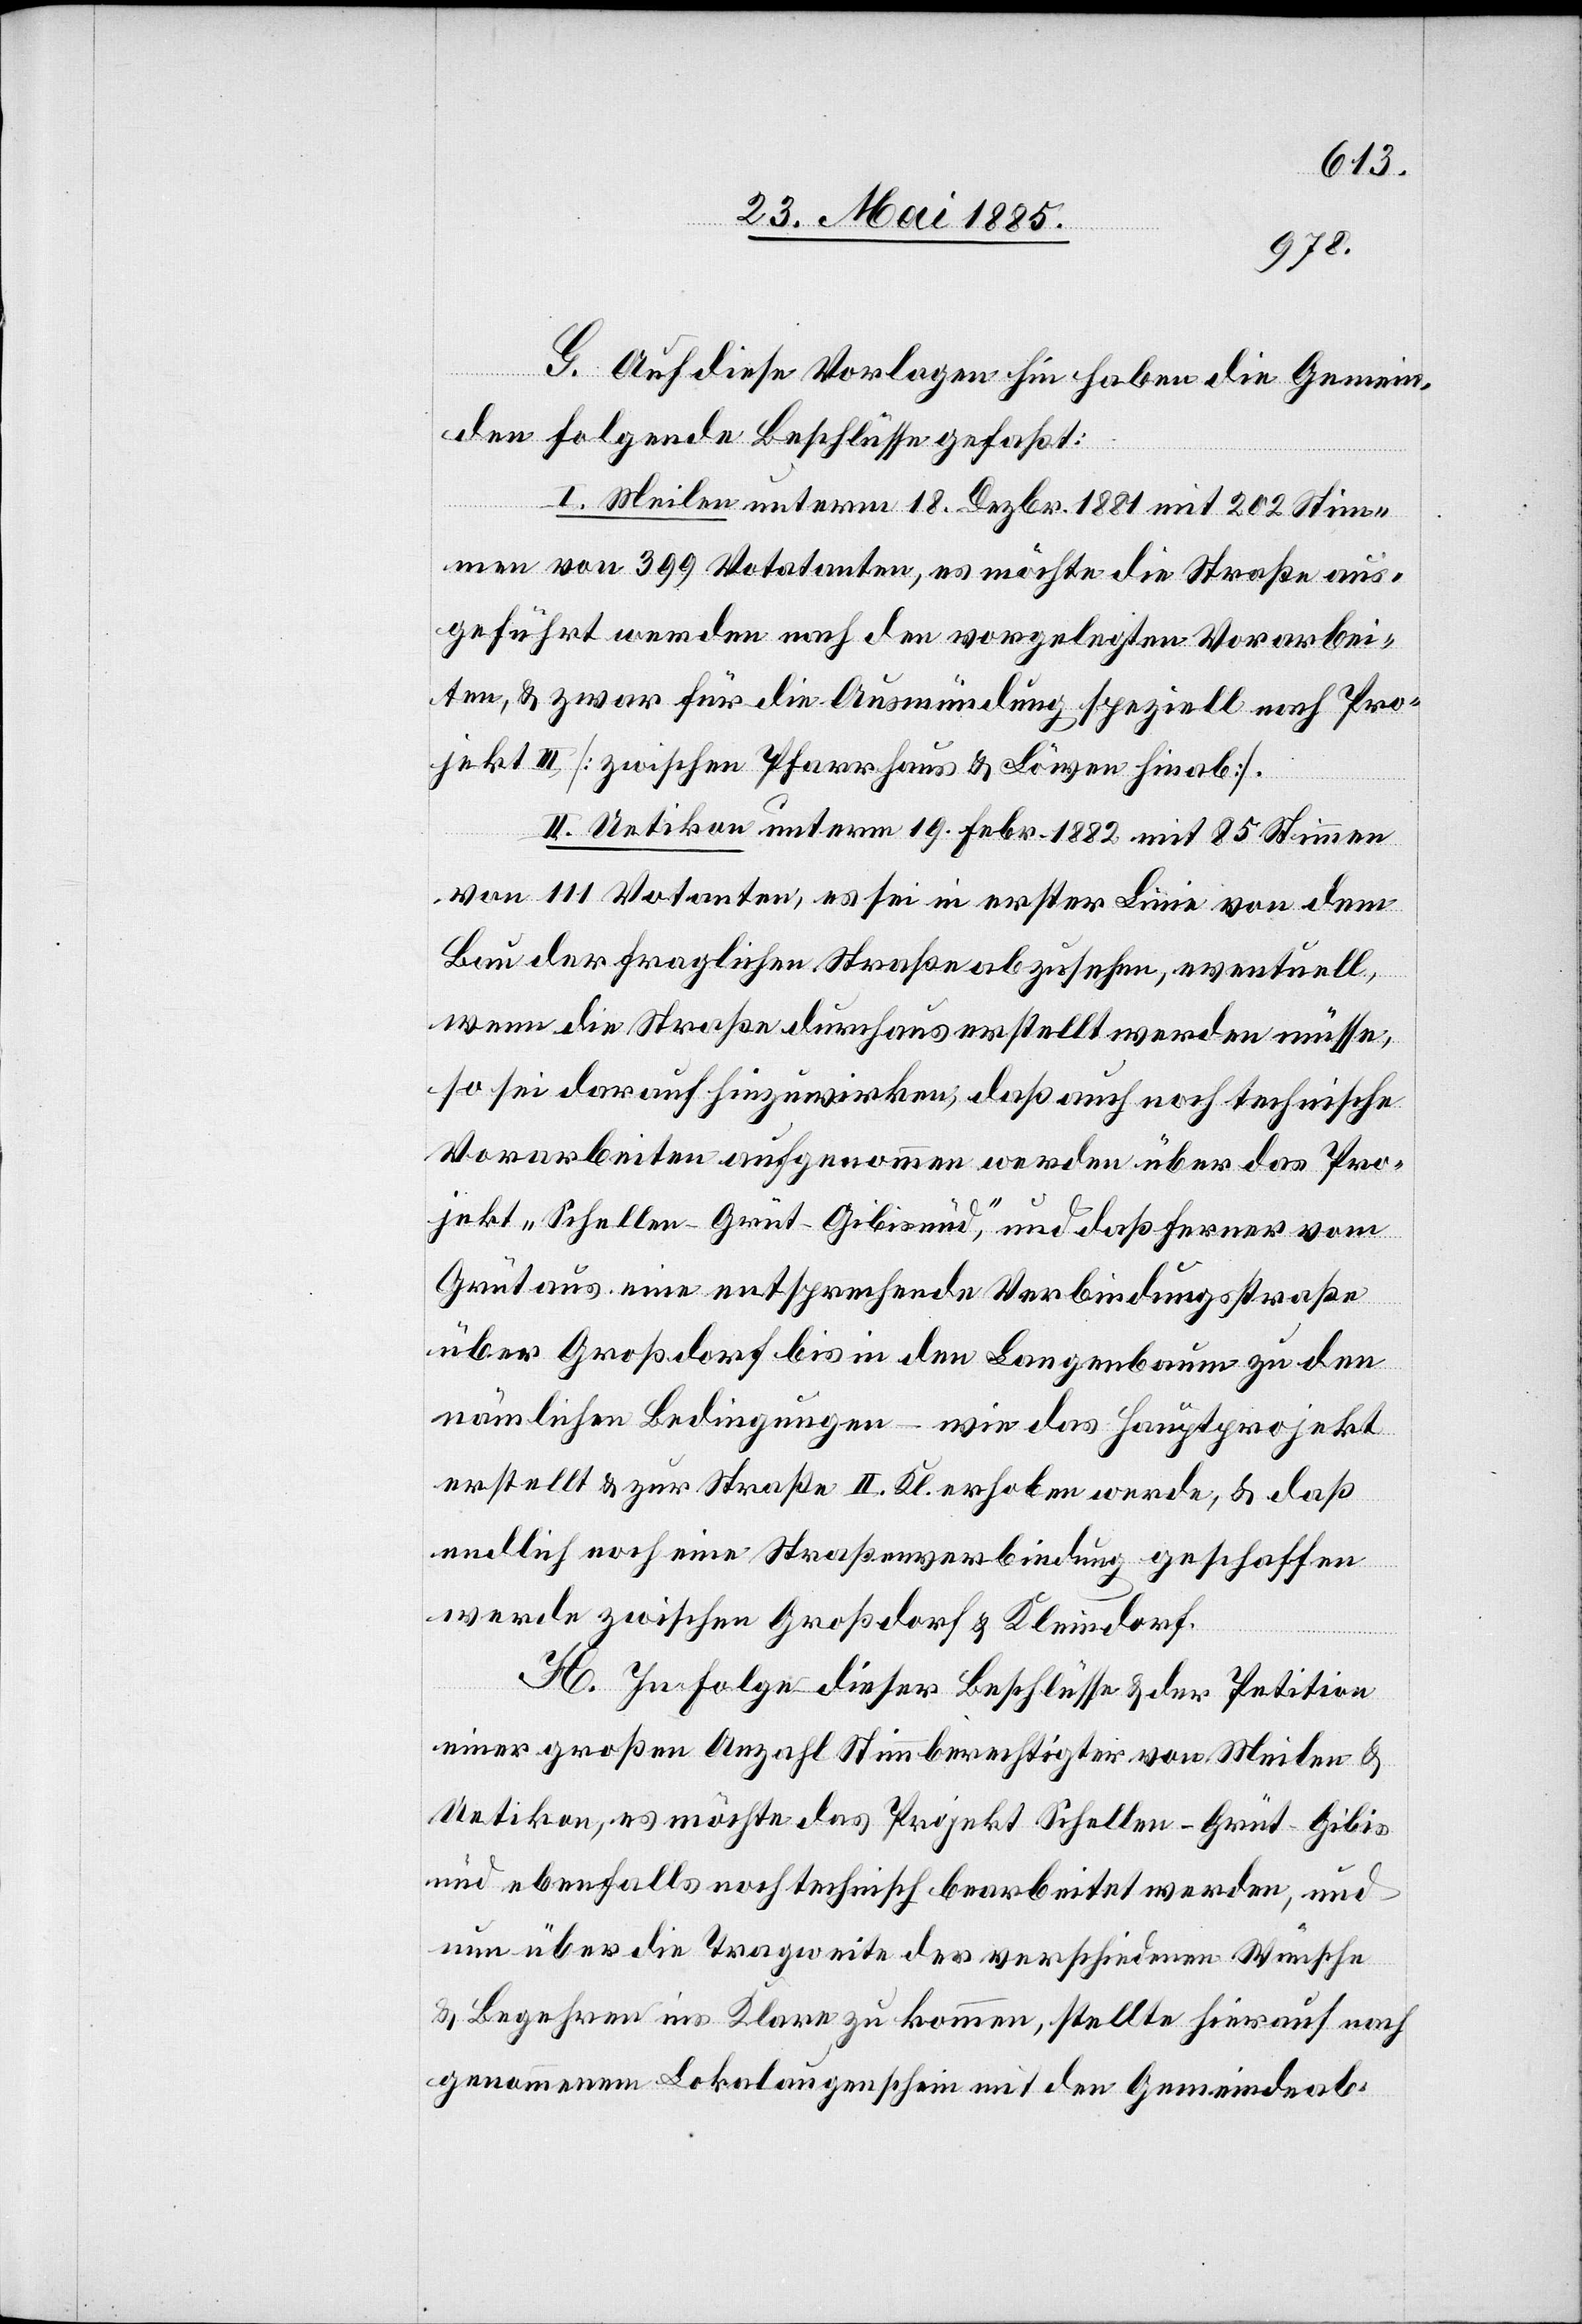
G. Auf diese Vorlagen hin haben die Gemein¬
den folgende Beschlüsse gefaßt:
I. Meilen unterm 18. Dezbr. 1881 mit 202 Stim¬
men von 399 Votanten, es möchte die Straße aus¬
geführt werden nach den vorgelegten Vorarbei¬
ten, & zwar für die Ausmündung speziell nach Pro¬
jekt III [zwischen Pfarrhaus & Löwen hinab].
II. Uetikon unterm 19. Febr. 1882 mit 85 Stimmen
von 111 Votanten, es sei in erster Linie von dem
Bau der fraglichen Straßen abzusehen, eventuell,
wenn die Straße durchaus erstellt werden müsse,
so sei darauf hinzuwirken, daß auch noch technische
Vorarbeiten aufgenommen werden über das Pro¬
jekt „Schellen–Grüt–Gibisnüd“, und daß ferner vom
Grüt aus eine entsprechende Verbindungsstraße
über Großdorf bis in den Langenbaum zu den
nämlichen Bedingungen – wie das Hauptprojekt
erstellt & zur Straße II. Kl. erhoben werde, & daß
endlich noch eine Straßenverbindung geschaffen
werde zwischen Großdorf & Kleindorf.
H. In Folge dieser Beschlüsse & der Petition
einer großen Anzahl Stimmberechtigter von Meilen &
Uetikon, es möchte das Projekt Schellen–Grüt–Gibis¬
nüd ebenfalls noch technisch bearbeitet werden, und
um über die Tragweite der verschiedenen Wünsche
& Begehren ins Klare zu kommen, stellte hierauf nach
genommenem Lokalaugenschein mit den Gemeindeab-